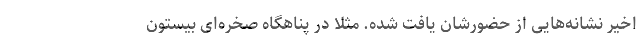
اخیر نشانه‌هایی از حضورشان یافت شده. مثلا در پناهگاه صخره‌ای بیستون